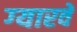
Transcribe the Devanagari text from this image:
ग्‍यारवें